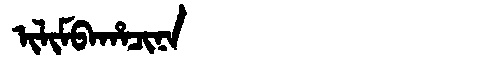
Manchu: ᡳᠯᡳᠮᠪᠠᡥᠠᠴᡳᠨᠠ
Romanization: ILIMBAHACINA